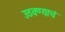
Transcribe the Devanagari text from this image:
उठवण्याचं